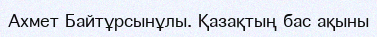
Ахмет Байтұрсынұлы. Қазақтың бас ақыны